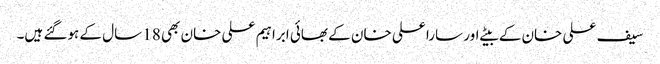
سیف علی خان کے بیٹے اور سارا علی خان کے بھائی ابراہیم علی خان بھی 18 سال کے ہوگئے ہیں۔